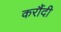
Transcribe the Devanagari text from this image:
करौंदी